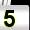
Digit: 5